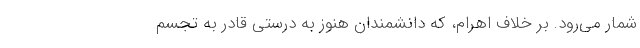
شمار می‌رود. بر خلاف اهرام، که دانشمندان هنوز به درستی قادر به تجسم